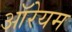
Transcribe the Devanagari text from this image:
ऑरेयम